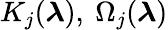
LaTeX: {K}_{j}({\boldsymbol\lambda}),\ \Omega_{j}({\boldsymbol\lambda})